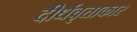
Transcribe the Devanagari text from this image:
दीर्धवृताकार